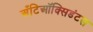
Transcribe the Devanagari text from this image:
अँटिऑक्सिडंटस